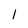
Character: 1